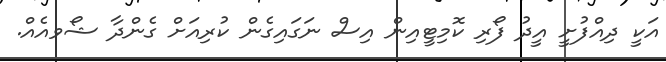
އަކީ ދިއްފުށީ އީދު ފޯރި ކޮމިޓީއިން އިސް ނަގައިގެން ކުރިއަށް ގެންދާ ޝޯވއެއް.